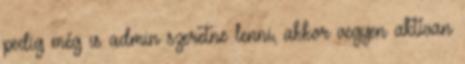
pedig még is admin szeretne lenni, akkor vegyen aktívan